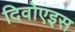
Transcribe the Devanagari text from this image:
दिवोएइस